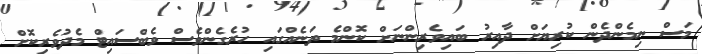
މަސް ނިމެންދެން ކުރިޔަށް ދާއިރު ބައިވެރިންނަށް ކޮންމެ ތަނެއްގައި ހުރެގެންވެސް ވެބްސައިޓް މެދުވެރިކޮށް